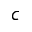
c